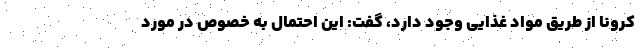
کرونا از طریق مواد غذایی وجود دارد، گفت: این احتمال به خصوص در مورد